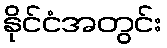
နိုင်ငံအတွင်း